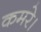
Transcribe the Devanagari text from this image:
कमरे।